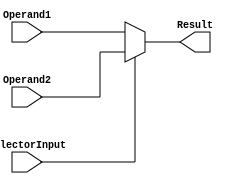
`timescale 1ns / 1ps
//////////////////////////////////////////////////////////////////////////////////
// Company: 
// Engineer: 
// 
// Design Name: 
// Module Name:    Mux_4bit 
// Project Name: 
// Target Devices: 
// Tool versions: 
// Description: 
//
// Dependencies: 
//
// Revision: 
// Revision 0.01 - File Created
// Additional Comments: 
//
//////////////////////////////////////////////////////////////////////////////////
module Mux_4bit(
    input SelectorInput,
	 input [3:0] Operand1,
    input [3:0] Operand2,
    output [3:0] Result
    );

assign Result = SelectorInput ? Operand2 : Operand1; 

endmodule